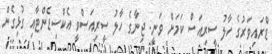
ޑްރައިވަރުގެ ހާލު ސީރިއަސް ކަމަށް ވަނީ. ޖިނާގެ ހާލު ސީރިއަސްވީ އެކްސިޑެންޓާއި ގުޅިގެން